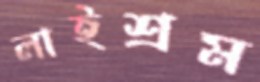
লাইশ্রম